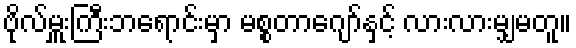
ဗိုလ်မှူးကြီးဘရောင်းမှာ မစ္စတာဂျော်နှင့် လားလားမျှမတူ။